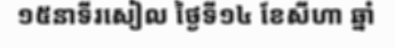
១៥នាទីរសៀល ថ្ងៃទី១៤ ខែសីហា ឆ្នាំ